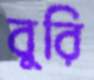
বুরি